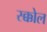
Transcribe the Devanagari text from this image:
स्क्कोल